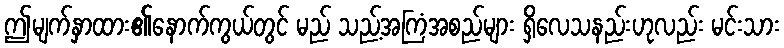
ဤမျက်နှာထား၏နောက်ကွယ်တွင် မည် သည့်အကြံအစည်များ ရှိလေသနည်းဟုလည်း မင်းသား